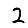
Digit: 2